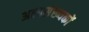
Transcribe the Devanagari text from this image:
अल्पसंख्‍यकों